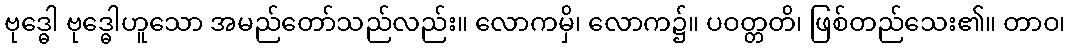
ဗုဒ္ဓေါ ဗုဒ္ဓေါဟူသော အမည်တော်သည်လည်း။ လောကမှိ၊ လောက၌။ ပဝတ္တတိ၊ ဖြစ်တည်သေး၏။ တာဝ၊